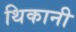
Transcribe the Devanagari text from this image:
थिकानी